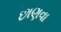
છાણવા